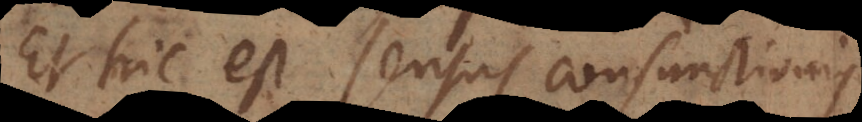
Et hic est sensus conjunctionis